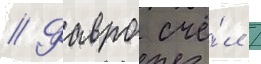
// Фавро счё́л /